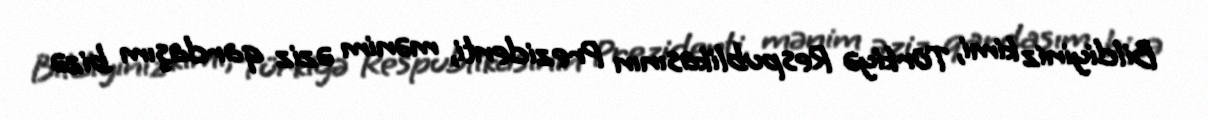
Bildiyiniz kimi, Türkiyə Respublikasının Prezidenti, mənim əziz qardaşım bizə